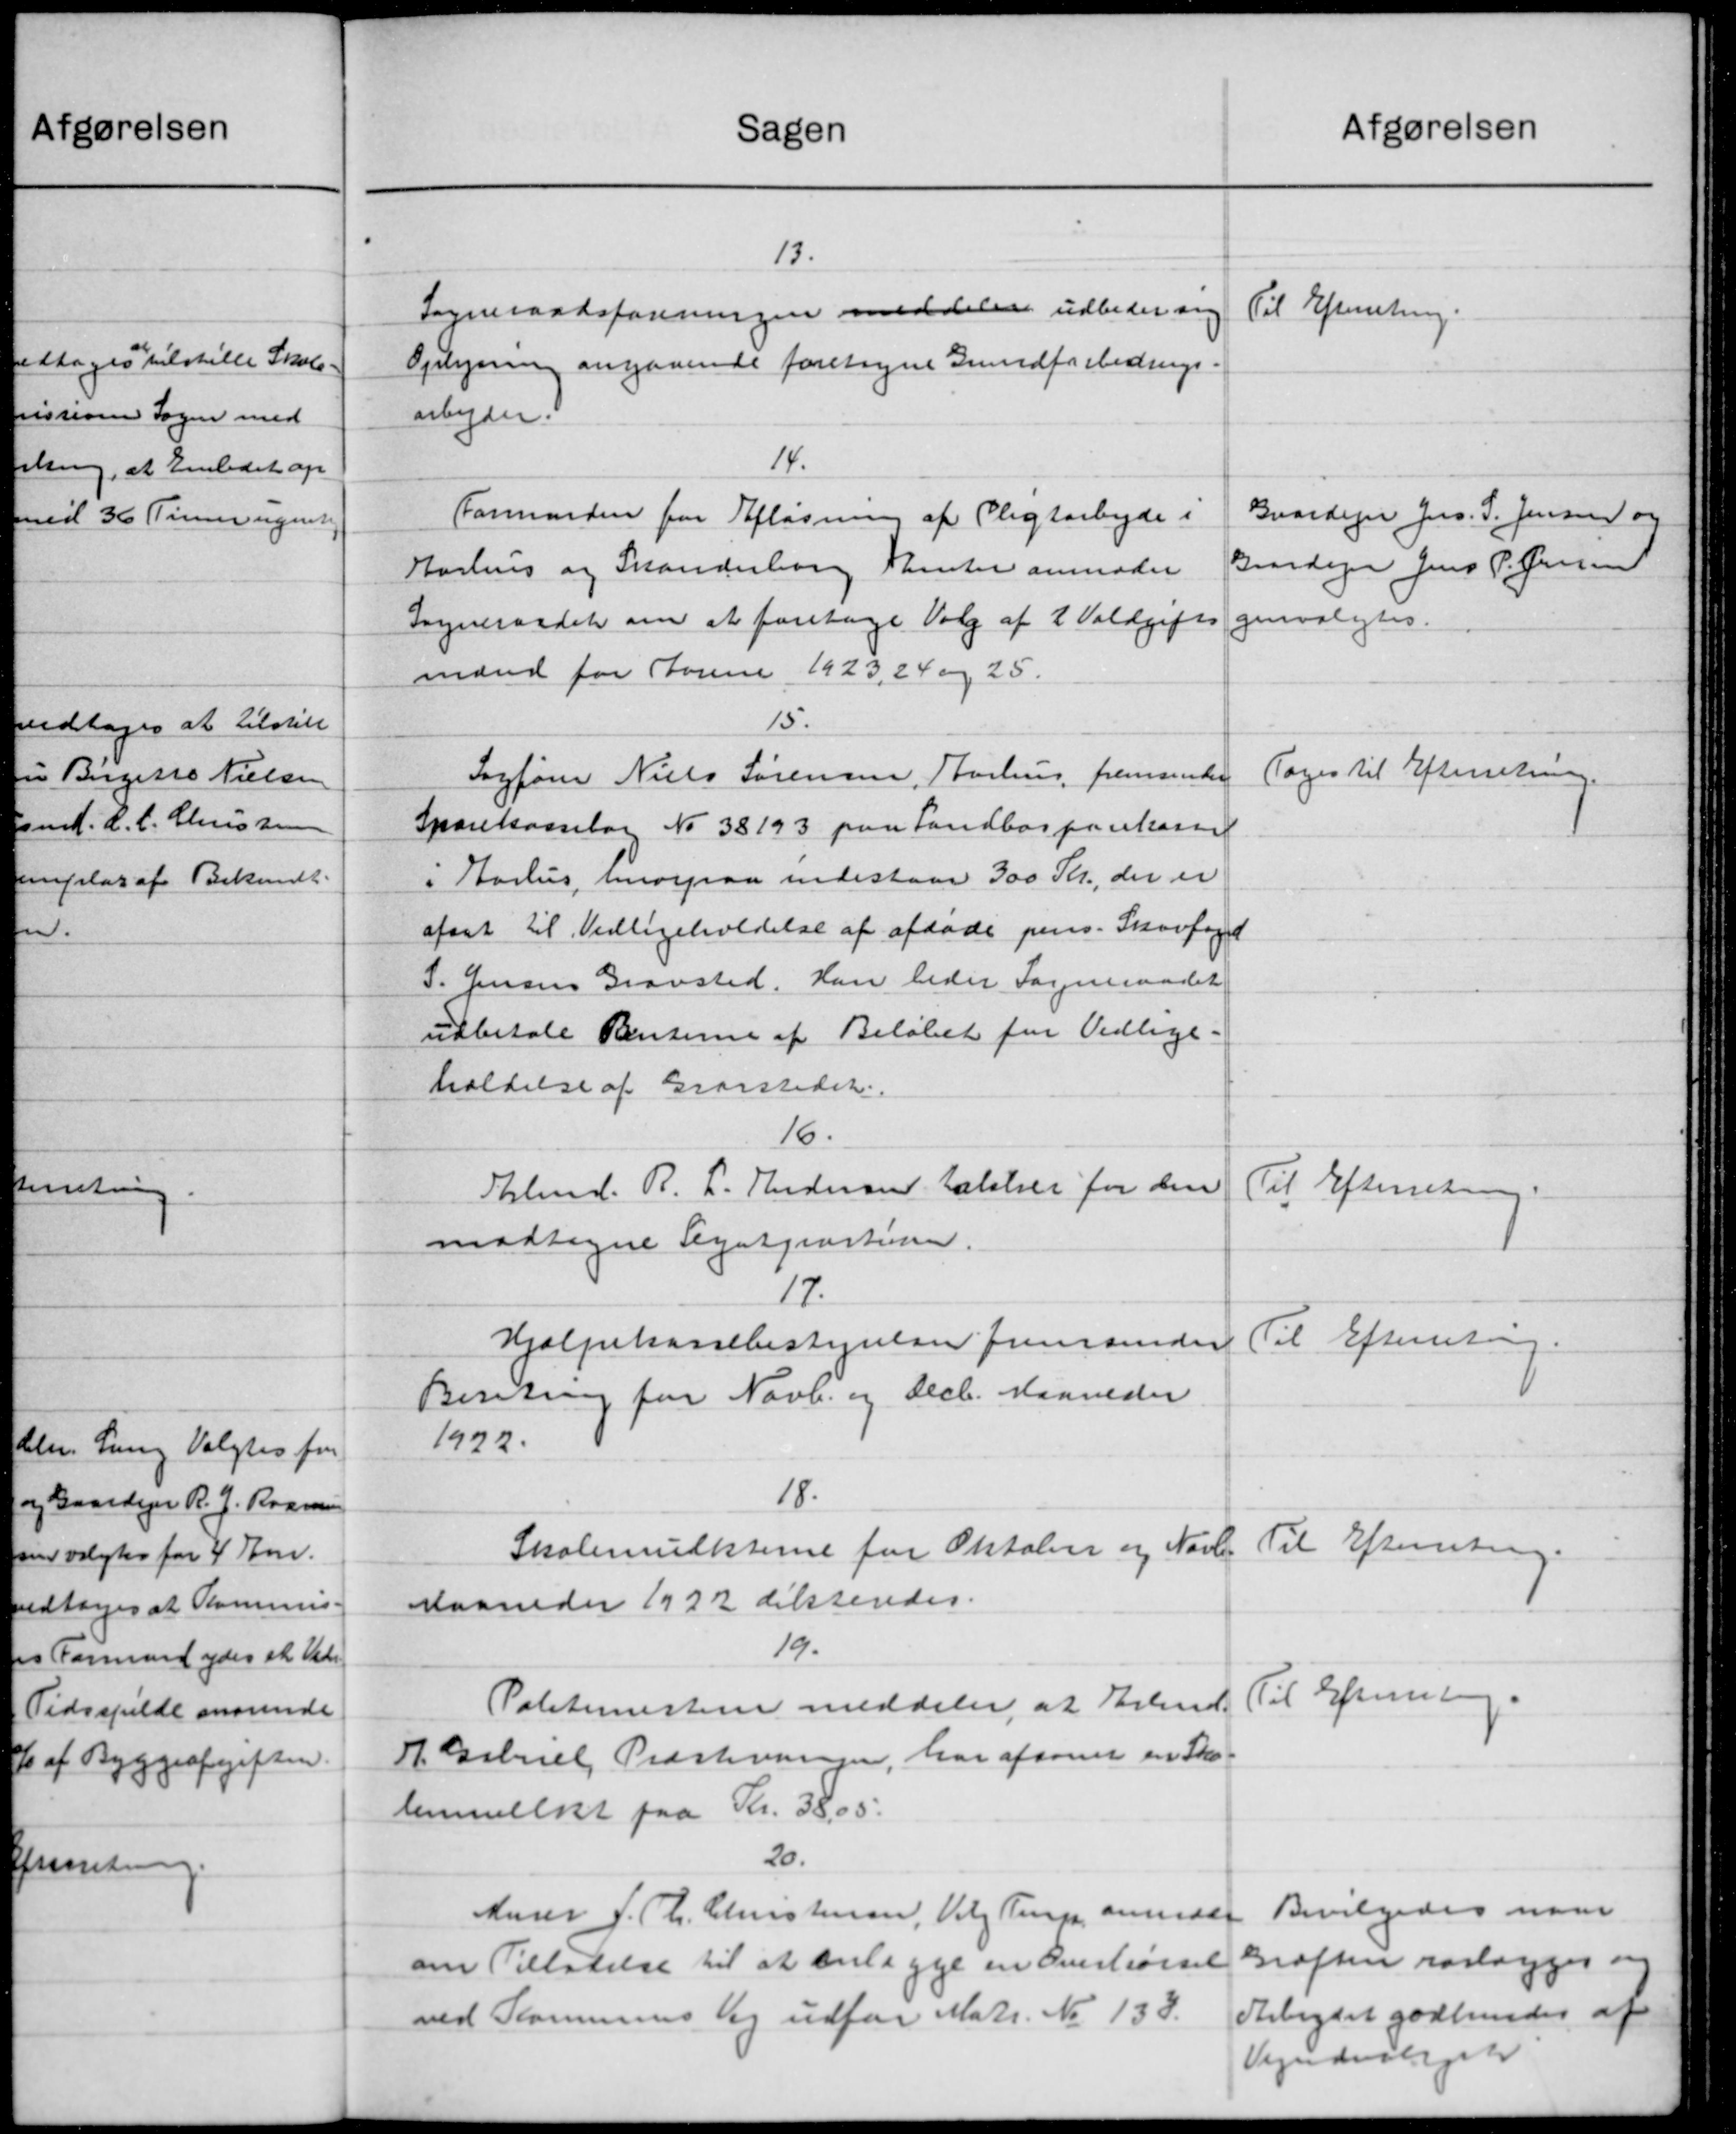
Transskription:
Sagen
13.
Sogneraadsforeningen meddeler udbeder sig
Oplysning angaaende foretagne Grundforbedrings
arbejder.
14.
Formanden for Afløsning af Pligtarbejde i
Aarhus og Skanderborg Thenter anmoder
Sogneraadet om at foretage Valg af 2 Voldgift
mænd for Forene 1923, 24 og 25.
15.
Sagfører Niels Sørensen, Aarhus fremsender
Sparekasselag No 38193 paa Landbosparekasse
i Aarhus, hvorpaa indestaar 300 Kr., der er
afsat til Vedligeholdelse af afdøde pers. Skovfoged
S. Jensen Gravsted. Han beder Sogneraadet
udbetale Renterne af Beløbet for Vedlige-
holdelse af Gravstedet.
16.
Almd. R. L. Andersen takster for den
modtagne Legatjenstine
17.
Hjælpekassebestyrelsen fremsender
Beretning for Novb. og Decb. Maaneder
1922.
18.
Skolemulkterne for Oktober og Novb.
Maaneder 1922 dikteredes.
19.
Politimesteren meddeler, at Erd-
A. Gabriel Præstevangen, har afsoner en Sko-
lemmelst paa Kr. 38,05.
20.
Murer J. Th. Christensen, Valg Terp anmode
om Tilladelse til at anlægge en Overkørsel
ved Kommunens lig udfør Matr. No 133.